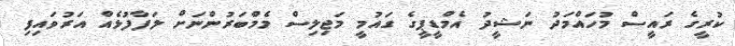
ކުރީގެ ރައީސް މުހައްމަދު ނަޝީދު އެމްޑީޕީގެ ގައުމީ މަޖިލިސް މެމްބަރުންނަށް ލަފާފުޅެއް އަރުވައިފި